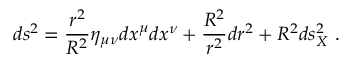
d s ^ { 2 } = \frac { r ^ { 2 } } { R ^ { 2 } } \eta _ { \mu \nu } d x ^ { \mu } d x ^ { \nu } + \frac { R ^ { 2 } } { r ^ { 2 } } d r ^ { 2 } + R ^ { 2 } d s _ { X } ^ { 2 } \ .